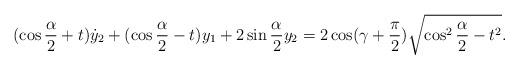
LaTeX: \begin{align*}(\cos \frac{\alpha}{2}+t)\dot{y}_2+(\cos\frac{\alpha}{2}-t)y_1+2\sin \frac{\alpha}{2} y_2=2\cos (\gamma+\frac{\pi}{2})\sqrt{\cos^2\frac{\alpha}{2}-t^2}.\end{align*}